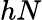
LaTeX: hN